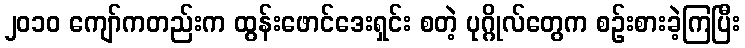
၂၀၁၀ ကျော်ကတည်းက ထွန်းဖောင်ဒေးရှင်း စတဲ့ ပုဂ္ဂိုလ်တွေက စဉ်းစားခဲ့ကြပြီး